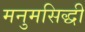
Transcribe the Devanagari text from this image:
मनुमसिद्धी